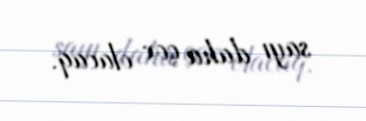
sayı daha çox olacaq.